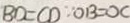
B D = C D \because O B = O C